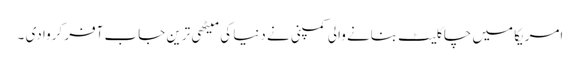
امریکا میں چاکلیٹ بنانے والی کمپنی نے دنیا کی میٹھی ترین جاب آفر کروا دی ۔